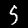
Label: 5